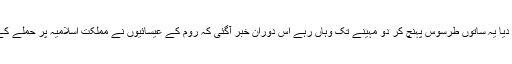
امیر شہر نے ان میں سے ہر ایک کو گھوڑا مکمل اسلحہ اور پچاس پچاس دینا دیئے اور انہیں رخصت کر دیا یہ ساتوں طرسوس پہنچ کر دو مہینے تک وہاں رہے اس دوران خبر آگئی کہ روم کے عیسائیوں نے مملکت اسلامیہ پر حملے کے لیے لشکر بھیج دیا ہے اس لشکر میں دو بڑی صلیبیں ہیں اور ہر صلیب کے ساتھ دس ہزار جنگجو ہیں ۔